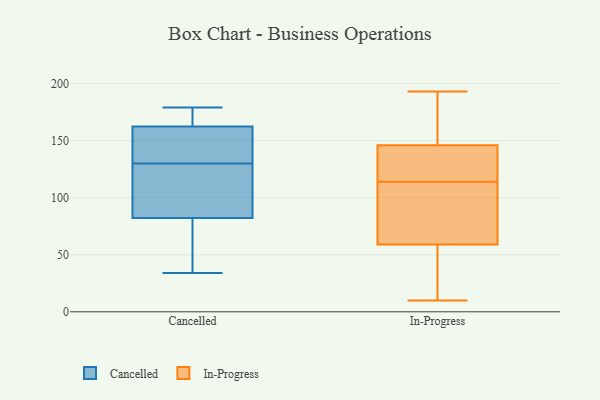
{"axis": {"x": "Production Output", "y": "Value"}, "legend": ["Cancelled", "In-Progress"], "data": [{"x": "", "y": 135, "type": "Cancelled"}, {"x": "", "y": 155, "type": "Cancelled"}, {"x": "", "y": 49, "type": "Cancelled"}, {"x": "", "y": 80, "type": "Cancelled"}, {"x": "", "y": 130, "type": "Cancelled"}, {"x": "", "y": 51, "type": "Cancelled"}, {"x": "", "y": 93, "type": "Cancelled"}, {"x": "", "y": 174, "type": "Cancelled"}, {"x": "", "y": 145, "type": "Cancelled"}, {"x": "", "y": 179, "type": "Cancelled"}, {"x": "", "y": 179, "type": "Cancelled"}, {"x": "", "y": 34, "type": "Cancelled"}, {"x": "", "y": 89, "type": "Cancelled"}, {"x": "", "y": 98, "type": "Cancelled"}, {"x": "", "y": 165, "type": "Cancelled"}, {"x": "", "y": 59, "type": "In-Progress"}, {"x": "", "y": 30, "type": "In-Progress"}, {"x": "", "y": 108, "type": "In-Progress"}, {"x": "", "y": 139, "type": "In-Progress"}, {"x": "", "y": 113, "type": "In-Progress"}, {"x": "", "y": 155, "type": "In-Progress"}, {"x": "", "y": 146, "type": "In-Progress"}, {"x": "", "y": 117, "type": "In-Progress"}, {"x": "", "y": 182, "type": "In-Progress"}, {"x": "", "y": 88, "type": "In-Progress"}, {"x": "", "y": 131, "type": "In-Progress"}, {"x": "", "y": 115, "type": "In-Progress"}, {"x": "", "y": 66, "type": "In-Progress"}, {"x": "", "y": 47, "type": "In-Progress"}, {"x": "", "y": 10, "type": "In-Progress"}, {"x": "", "y": 23, "type": "In-Progress"}, {"x": "", "y": 193, "type": "In-Progress"}, {"x": "", "y": 152, "type": "In-Progress"}]}